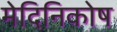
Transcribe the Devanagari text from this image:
मेदिनिकोष